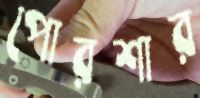
পোরশার